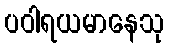
ပဝါရယမာနေသု